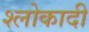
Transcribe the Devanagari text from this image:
श्लोकादी